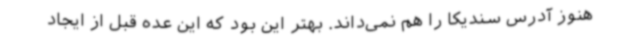
هنوز آدرس سندیکا را هم نمی‌داند. بهتر این بود که این عده قبل از ایجاد